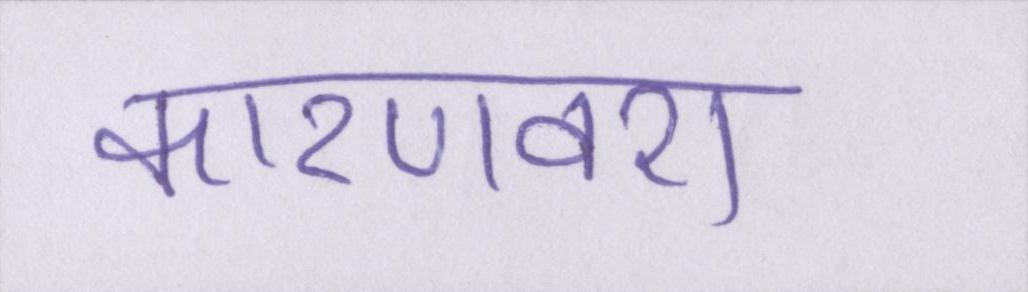
कारणवश